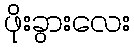
ဖိုးခွားလေး